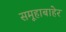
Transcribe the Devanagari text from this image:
समूहाबाहेर